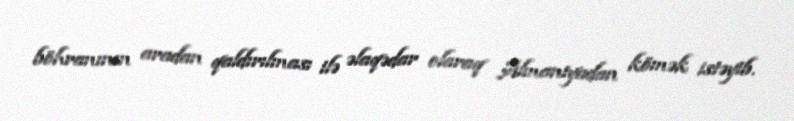
böhranının aradan qaldırılması ilə əlaqədar olaraq Almaniyadan kömək istəyib.